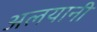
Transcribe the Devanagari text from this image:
अलयानी